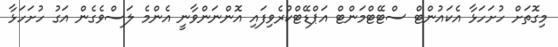
މިގޮތަށް ހުށަހަޅާ އެކައުންޓް ސްޓޭޓްމަންޓް އަޕްޑޭޓްކުރެވިފައި އޮންނަންވާނީ އެންމެ ލަސްވެގެން އަގު ހުށަހަޅާ